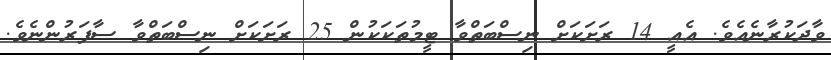
ވާދަކުރާނެއެވެ. އެއީ 14 ރަށަކަށް ނިސްބަތްވާ ޓީމުތަކަކުން 25 ރަށަކަށް ނިސްބަތްވާ ސާފަރުންނެވެ.